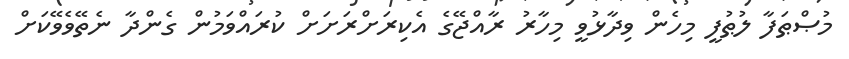
މުޞްޠަފާ ލުޠުފީ މިހެން ވިދާޅުވީ މިހާރު ރާއްޖޭގެ އެކިރަށްރަށަށް ކުރައްވަމުން ގެންދާ ނެތޭވެވޭކަށް